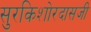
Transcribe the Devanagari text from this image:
सुरकिशोरदासजी